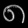
Digit: ၈